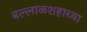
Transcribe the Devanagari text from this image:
बल्लाळशहाच्या